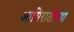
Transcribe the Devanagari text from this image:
आमिरातीच्या